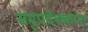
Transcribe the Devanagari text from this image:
समुपदेशकांना